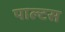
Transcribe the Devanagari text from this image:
पाल्टस